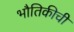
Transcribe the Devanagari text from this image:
भौतिकीची